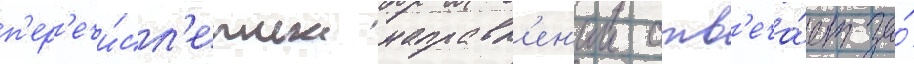
п'ер'ечи́сл'енных направл'ен'ии отв'еча́ет за́